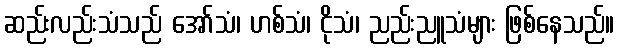
ဆည်းလည်းသံသည် အော်သံ၊ ဟစ်သံ၊ ငိုသံ၊ ညည်းညူသံများ ဖြစ်နေသည်။